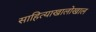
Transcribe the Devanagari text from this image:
साहित्याखालोखाल